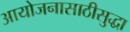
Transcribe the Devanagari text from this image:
आयोजनासाठीसुद्धा